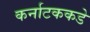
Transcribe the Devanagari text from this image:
कर्नाटककडे